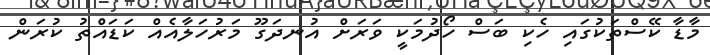
މާޑާ ކޭސްތަކުގައި ހެކި ބަސް ހޯދުމަކީ ވަރަށް އުނދަގޫ މަރުހަލާއެއް ކަޑައްތު ކުރަން